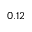
0 . 1 2